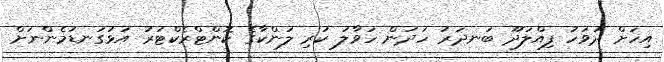
އިހަށް ދުވަހު ފިއްލަދޫ ބަނދަރު ހަދަން ހަވާލު ކުރި ލަންކާގެ ކޮންޓްރެކްޓަރު އަޅުގަނޑުމެންނަށް